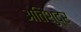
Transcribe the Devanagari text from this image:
अतिशुद्र